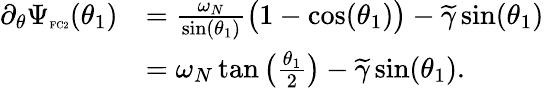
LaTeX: \begin{array}{rl}{\partial_{\theta}\Psi_{\textnormal{\tiny{FC2}}}(\theta_{1})}&{=\frac{\omega_{N}}{\sin(\theta_{1})}\big(1-\cos(\theta_{1})\big)-\widetilde{\gamma}\sin(\theta_{1})}\\ &{=\omega_{N}\tan\big(\frac{\theta_{1}}{2}\big)-\widetilde{\gamma}\sin(\theta_{1}).}\end{array}